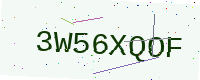
Text: 3W56XQOF